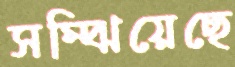
সম্‌ঝিয়েছে